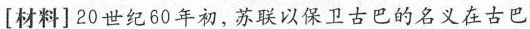
[材料]20世纪60年初，苏联以保卫古巴的名义在古巴